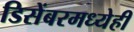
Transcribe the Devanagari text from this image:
डिसेंबरमध्येही